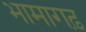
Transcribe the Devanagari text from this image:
भामागढ़